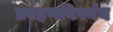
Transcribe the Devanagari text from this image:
प्रवहणविपर्यय